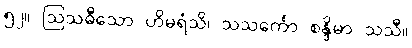
၅၂။ ဩသဓီသော ဟိမရံသိ၊ သသင်္ကော စန္ဒိမာ သသီ။